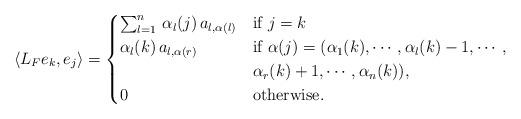
LaTeX: \begin{align*}\left\langle L_Fe_{k},e_{j} \right\rangle =\begin{cases}\sum_{l=1}^{n}\, \alpha_l(j) \, a_{l,\alpha(l)}& \textrm{if } j=k \\\alpha_{l}(k) \, a_{l,\alpha(r)} & \textrm{if } \alpha(j)=(\alpha_1(k),\cdots, \alpha_{l}(k)-1, \cdots, \\& \alpha_{r}(k)+1, \cdots,\alpha_n(k)),\\0 & \textrm{otherwise}.\end{cases}\end{align*}